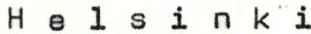
Helsinki